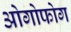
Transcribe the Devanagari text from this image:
ओगोफोग